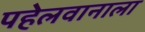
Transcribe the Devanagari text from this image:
पहेलवानाला